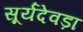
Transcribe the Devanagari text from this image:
सूर्यदेवड़ा